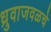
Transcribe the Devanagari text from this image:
ध्रुवाजवळचे